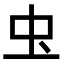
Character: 𮓰